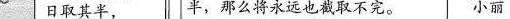
》日取其半， |半，那么将永远也截取不完。 小丽